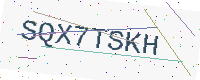
Text: SQX7TSKH